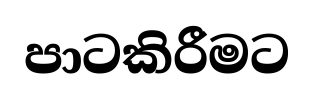
පාටකිරීමට